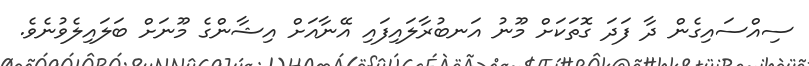
ސިއްސައިގެން ދާ ފަދަ ގޮތަކަށް މޫނު އަނބުރާލައިފައި އޭނާއަށް އިޝާންގެ މޫނަށް ބަލައިލެވުނެވެ.